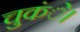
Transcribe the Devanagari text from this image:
चुकंे।